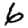
Digit: 6